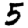
Digit: 5